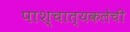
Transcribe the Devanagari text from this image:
पाश्चात्यकलेची